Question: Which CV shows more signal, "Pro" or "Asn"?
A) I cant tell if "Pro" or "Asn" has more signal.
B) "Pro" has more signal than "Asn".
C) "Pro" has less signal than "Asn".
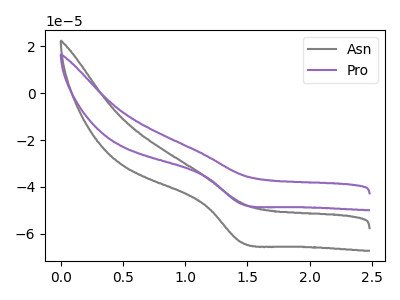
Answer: <think>The gray curve "Asn" has a cathodic peak at: (1.45V, -63.70uA). The purple curve "Pro" has a cathodic peak at: (1.45V, -47.30uA).
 All the peaks in "Pro" have a peak in "Asn" at the same potential. Every peak in "Pro" is lower than every peak in "Asn".</think>
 <answer>C) "Pro" has less signal than "Asn".</answer>
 <eval>C</eval>